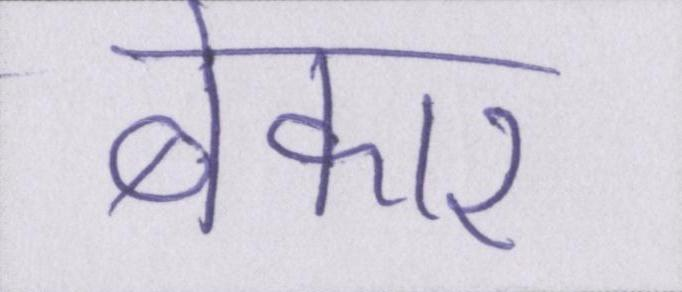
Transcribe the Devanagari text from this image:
बेकार